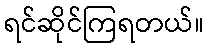
ရင်ဆိုင်ကြရတယ်။